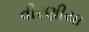
વીરણીયા